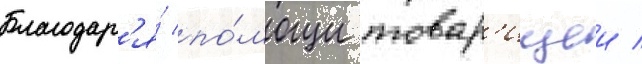
Благодар'я́ по́мощи товар'ищеи /